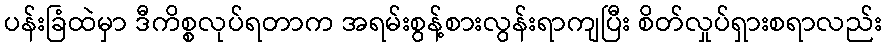
ပန်းခြံထဲမှာ ဒီကိစ္စလုပ်ရတာက အရမ်းစွန့်စားလွန်းရာကျပြီး စိတ်လှုပ်ရှားစရာလည်း